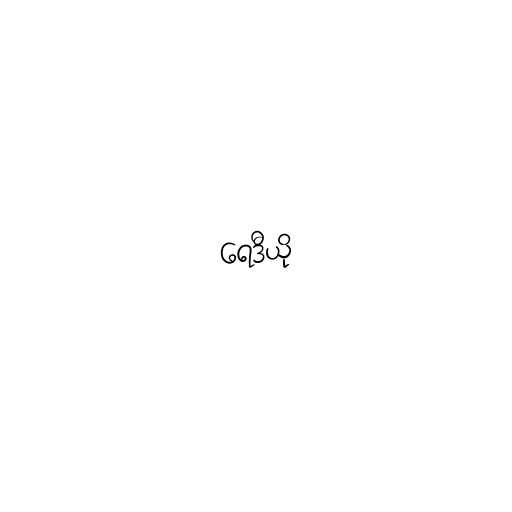
ရေဒီယို